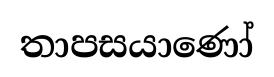
තාපසයාණෝ